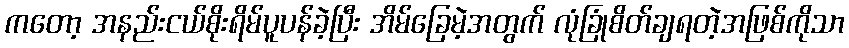
ကတော့ အနည်းငယ်စိုးရိမ်ပူပန်ခဲ့ပြီး အိမ်ခြေမဲ့အတွက် လုံခြုံစိတ်ချရတဲ့အဖြစ်ကိုသာ